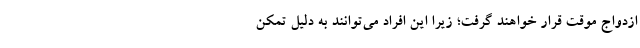
ازدواج موقت قرار خواهند گرفت؛ زیرا این افراد می‌توانند به دلیل تمکن